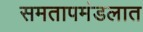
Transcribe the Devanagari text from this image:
समतापमंडलात